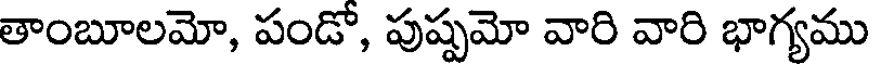
తాంబూలమో, పండో, పుష్పమో వారి వారి భాగ్యము